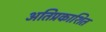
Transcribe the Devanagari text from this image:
अतिप्रकाशित